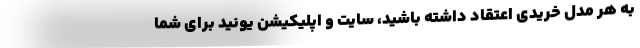
به هر مدل خریدی اعتقاد داشته باشید، سایت و اپلیکیشن یونید برای شما